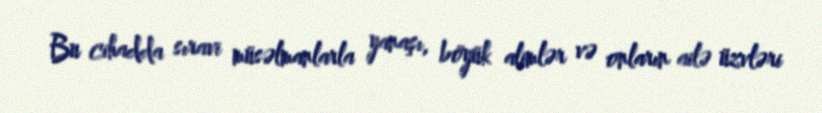
Bu cihadda sıravi müsəlmanlarla yanaşı, böyük alimlər və onların ailə üzvləri